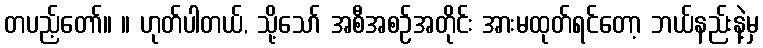
တပည့်တော်။ ။ ဟုတ်ပါတယ်, သို့သော် အစီအစဉ်အတိုင်း အားမထုတ်ရင်တော့ ဘယ်နည်းနဲ့မှ